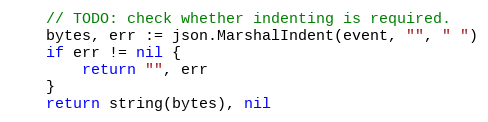
Language: Go
	// TODO: check whether indenting is required.
	bytes, err := json.MarshalIndent(event, "", " ")
	if err != nil {
		return "", err
	}
	return string(bytes), nil